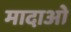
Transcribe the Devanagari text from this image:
मादाओ